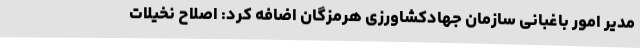
مدیر امور باغبانی سازمان جهادکشاورزی هرمزگان اضافه کرد: اصلاح نخیلات